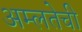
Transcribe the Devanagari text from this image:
अम्लतेची